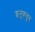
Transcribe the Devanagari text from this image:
इनुकतुन